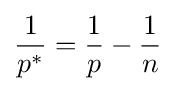
{\frac {1}{p^{*}}}={\frac {1}{p}}-{\frac {1}{n}}